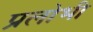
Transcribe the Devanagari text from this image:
प्रलोभी